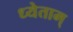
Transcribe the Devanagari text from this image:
ध्येताम्